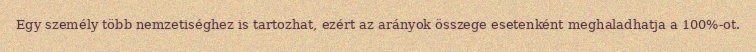
Egy személy több nemzetiséghez is tartozhat, ezért az arányok összege esetenként meghaladhatja a 100%-ot.